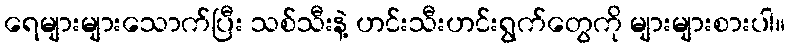
ရေများများသောက်ပြီး သစ်သီးနဲ့ ဟင်းသီးဟင်းရွက်တွေကို များများစားပါ။